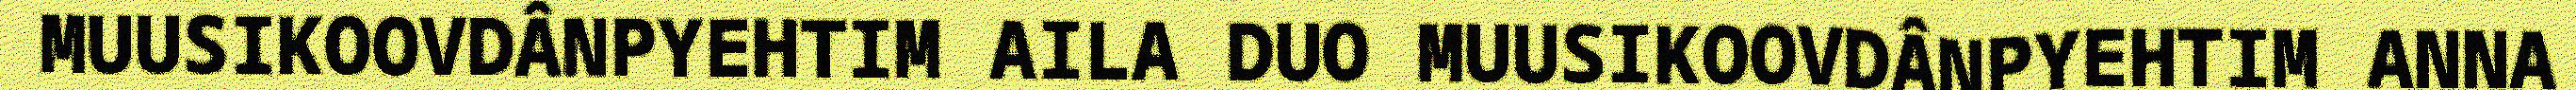
MUUSIKOOVDÂNPYEHTIM AILA DUO MUUSIKOOVDÂNPYEHTIM ANNA